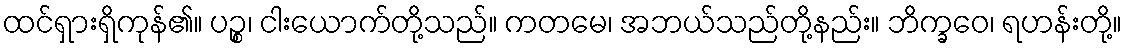
ထင်ရှားရှိကုန်၏။ ပဉ္စ၊ ငါးယောက်တို့သည်။ ကတမေ၊ အဘယ်သည်တို့နည်း။ ဘိက္ခဝေ၊ ရဟန်းတို့။